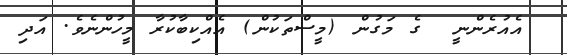
އެއުރެންނީ  ގެ މަގުން (މީސްތަކުން) އެއްކިބާކުރާ މީހުންނެވެ. އަދި